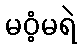
မဝံ့မရဲ